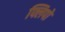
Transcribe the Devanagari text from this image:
फ्लिपो